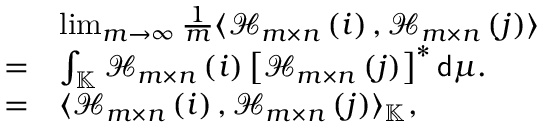
\begin{array} { r l } & { \operatorname* { l i m } _ { m \rightarrow \infty } \frac { 1 } { m } \langle \mathcal { H } _ { m \times n } \left( i \right) , \mathcal { H } _ { m \times n } \left( j \right) \rangle } \\ { = } & { \int _ { \mathbb { K } } \mathcal { H } _ { m \times n } \left( i \right) \left[ \mathcal { H } _ { m \times n } \left( j \right) \right] ^ { * } \mathsf { d } \mu . } \\ { = } & { \langle \mathcal { H } _ { m \times n } \left( i \right) , \mathcal { H } _ { m \times n } \left( j \right) \rangle _ { \mathbb { K } } , } \end{array}